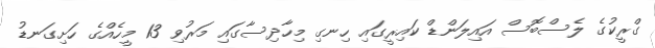
ގްރީކުގެ ލެސްބޮސް އައިލަންޑް ކައިރީގައި ހިނގި މިހާދިސާގައި މަރުވި 13 މީހެއްގެ ހަށިގަނޑު